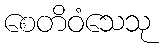
စေတိဝံသေသု